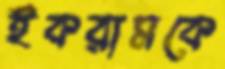
ইকরামকে